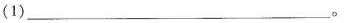
(1)___。